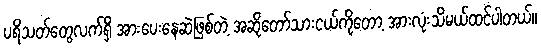
ပရိသတ်တွေလက်ရှိ အားပေးနေဆဲဖြစ်တဲ့ အဆိုတော်သားငယ်ကိုတော့ အားလုံးသိမယ်ထင်ပါတယ်။